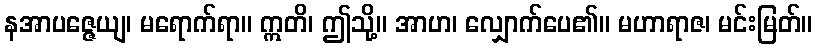
နအာပဇ္ဇေယျ၊ မရောက်ရာ။ ဣတိ၊ ဤသို့။ အာဟ၊ လျှောက်ပေ၏။ မဟာရာဇ၊ မင်းမြတ်။